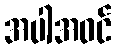
အပါအဝင်